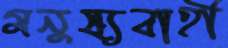
মনুষ্যবাহী